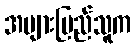
အများပြည်သူက